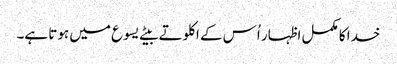
خدا کا مکمل اظہار اُس کے اکلوتے بیٹے یسوع میں ہوتا ہے۔